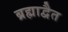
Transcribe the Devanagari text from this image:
ब्रह्माद्वैत